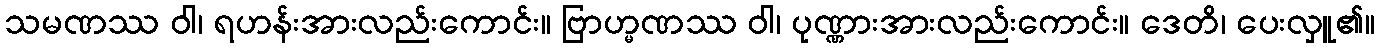
သမဏဿ ဝါ၊ ရဟန်းအားလည်းကောင်း။ ဗြာဟ္မဏဿ ဝါ၊ ပုဏ္ဏားအားလည်းကောင်း။ ဒေတိ၊ ပေးလှူ၏။